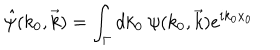
\hat { \psi } ( k _ { 0 } , \vec { k } ) = \int _ { \Gamma } d k _ { 0 } ~ \psi ( k _ { 0 } , \vec { k } ) e ^ { i k _ { 0 } x _ { 0 } }